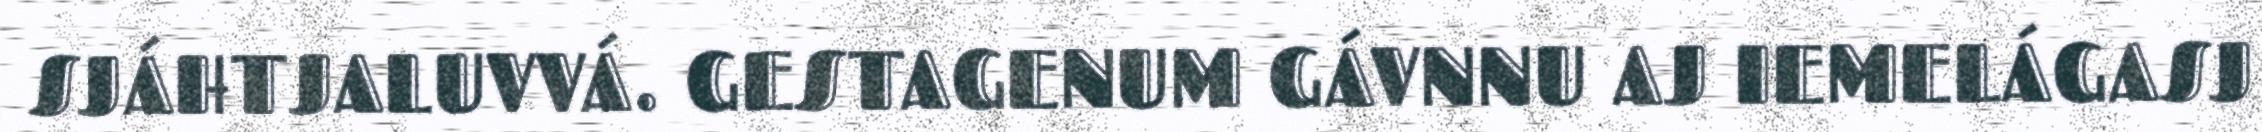
SJÁHTJALUVVÁ. GESTAGENUM GÁVNNU AJ IEMELÁGASJ